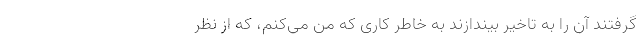
گرفتند آن را به تاخیر بیندازند به خاطر کاری که من می‌کنم، که از نظر